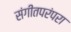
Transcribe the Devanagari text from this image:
संगीतपरंपरा